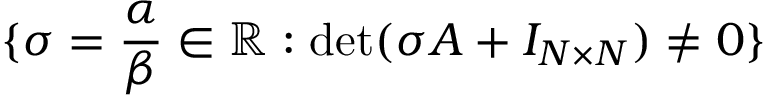
\{ \sigma = \frac { \alpha } { \beta } \in \mathbb { R } : \operatorname* { d e t } ( \sigma A + I _ { N \times N } ) \neq 0 \}